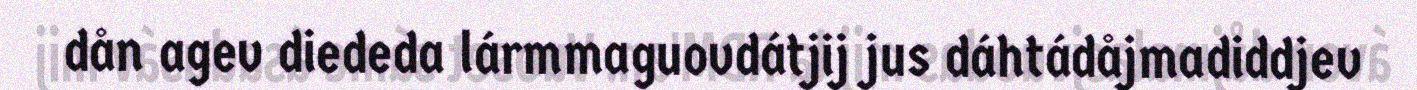
dån agev diededa lármmaguovdátjij jus dáhtádåjmadiddjev